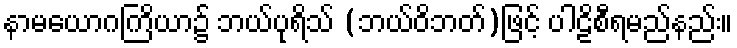
နာမယောဂကြိယာ၌ ဘယ်ပုရိသ် (ဘယ်ဝိဘတ်)ဖြင့် ပါဠိစီရမည်နည်း။